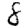
Digit: 8